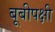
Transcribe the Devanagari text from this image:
बूबीपक्षी